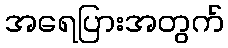
အရေပြားအတွက်